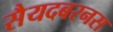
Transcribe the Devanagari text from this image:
सैयदबरनस